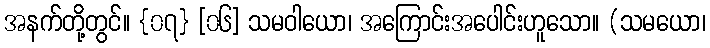
အနက်တို့တွင်။ {၀၇} [၀၆] သမဝါယော၊ အကြောင်းအပေါင်းဟူသော။ (သမယော၊